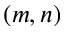
( m , n )